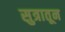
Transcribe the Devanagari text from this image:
सुत्रातून